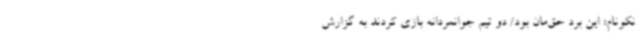
نکونام: این برد حق‌مان بود/ دو تیم جوانمردانه بازی کردند به گزارش